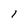
Character: 1